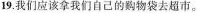
19.我们应该拿我们自己的购物袋去超市。